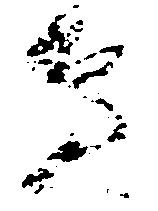
辺